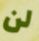
لن